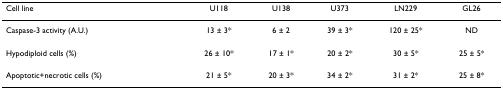
<table><thead><tr><td><b>Cell line</b></td><td><b>U118</b></td><td><b>U138</b></td><td><b>U373</b></td><td><b>LN229</b></td><td><b>GL26</b></td></tr></thead><tbody><tr><td>Caspase-3 activity (A.U.)</td><td>13 ± 3*</td><td>6 ± 2</td><td>39 ± 3*</td><td>120 ± 25*</td><td>ND</td></tr><tr><td>Hypodiploid cells (%)</td><td>26 ± 10*</td><td>17 ± 1*</td><td>20 ± 2*</td><td>30 ± 5*</td><td>25 ± 5*</td></tr><tr><td>Apoptotic+necrotic cells (%)</td><td>21 ± 5*</td><td>20 ± 3*</td><td>34 ± 2*</td><td>31 ± 2*</td><td>25 ± 8*</td></tr></tbody></table>